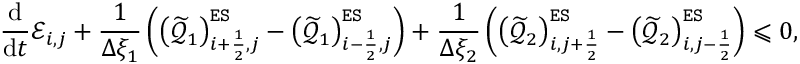
\frac { \mathrm { d } } { \mathrm { d } t } { \mathcal { E } } _ { i , j } + \frac { 1 } { \Delta \xi _ { 1 } } \left( \left( { \widetilde { { \mathcal { Q } } } } _ { 1 } \right) _ { i + \frac { 1 } { 2 } , j } ^ { \tt E S } - \left( { \widetilde { { \mathcal { Q } } } } _ { 1 } \right) _ { i - \frac { 1 } { 2 } , j } ^ { \tt E S } \right) + \frac { 1 } { \Delta \xi _ { 2 } } \left( \left( { \widetilde { { \mathcal { Q } } } } _ { 2 } \right) _ { i , j + \frac { 1 } { 2 } } ^ { \tt E S } - \left( { \widetilde { { \mathcal { Q } } } } _ { 2 } \right) _ { i , j - \frac { 1 } { 2 } } ^ { \tt E S } \right) \leqslant 0 ,